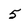
Character: 5